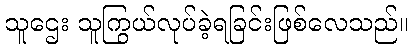
သူဌေး သူကြွယ်လုပ်ခဲ့ရခြင်းဖြစ်လေသည်။